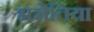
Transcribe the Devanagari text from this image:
भरोतिया